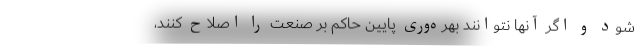
شود و اگر آنها نتوانند بهره‌وری پایین حاکم بر صنعت را اصلاح کنند،